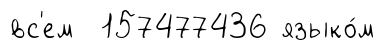
вс'ем 157477436 языко́м